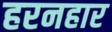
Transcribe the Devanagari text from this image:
हरनहार